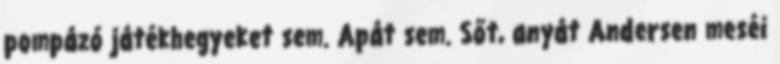
pompázó játékhegyeket sem. Apát sem. Sőt, anyát Andersen meséi